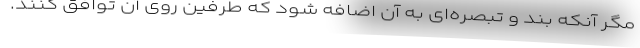
مگر آنکه بند و تبصره‌ای به آن اضافه شود که طرفین روی آن توافق کنند.